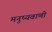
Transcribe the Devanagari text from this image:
मनुष्यवाणी